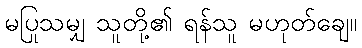
မပြုသမျှ သူတို့၏ ရန်သူ မဟုတ်ချေ။